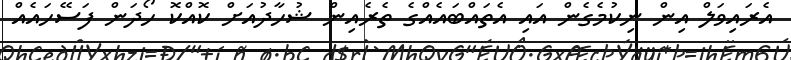
އެރައިވަލް އިން ނިކުމެގެން އައި އެތައްބައެއްގެ ތެރެއިން ޝުހާދުއަށް ކޮއްކޮ ހޯދަން ފަސޭހައެއް